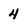
Character: 4